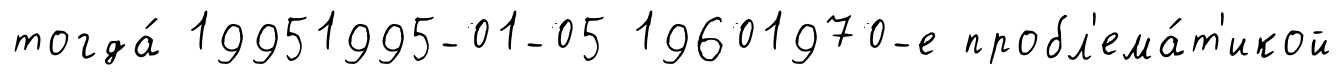
тогда́ 19951995-01-05 19601970-е пробл'ема́т'икой